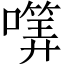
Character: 𡀜